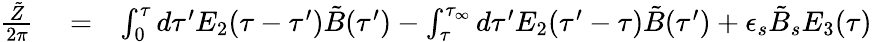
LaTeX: \begin{array}{rlr}{{\frac{\tilde{Z}}{2\pi}}}&{{}=}&{\int_{0}^{\tau}d\tau^{\prime}E_{2}(\tau-\tau^{\prime})\tilde{B}(\tau^{\prime})-\int_{\tau}^{\tau_{\infty}}d\tau^{\prime}E_{2}(\tau^{\prime}-\tau)\tilde{B}(\tau^{\prime})+\epsilon_{s}\tilde{B}_{s}E_{3}(\tau)}\end{array}